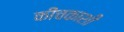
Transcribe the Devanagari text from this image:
कीचकाशी